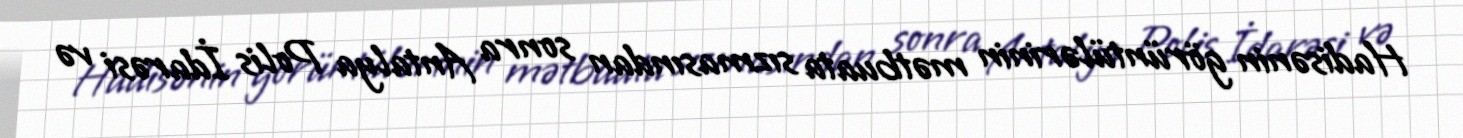
Hadisənin görüntülərinin mətbuata sızmasından sonra Antalya Polis İdarəsi və